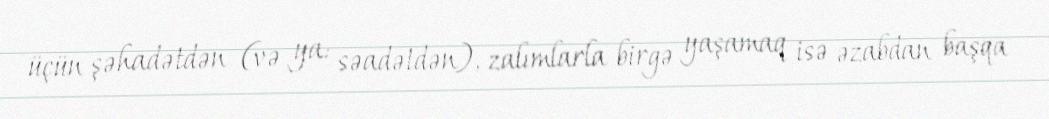
üçün şəhadətdən (və ya: səadətdən), zalımlarla birgə yaşamaq isə əzabdan başqa